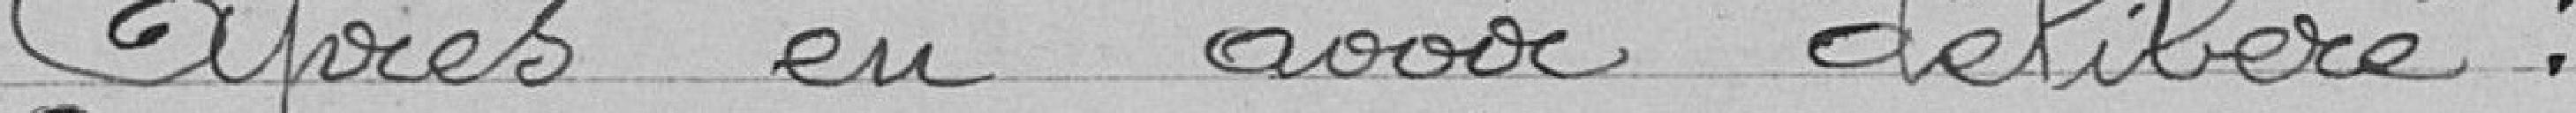
Après eu avoir délibéré.